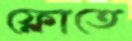
ফ্লোতে